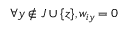
\forall y \notin J \cup \{ z \} , w _ { i y } = 0